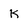
Character: k